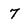
Character: 7